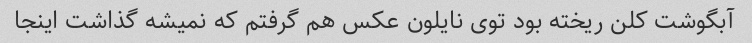
آبگوشت کلن ریخته بود توی نایلون عکس هم گرفتم که نمیشه گذاشت اینجا